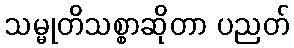
သမ္မုတိသစ္စာဆိုတာ ပညတ်